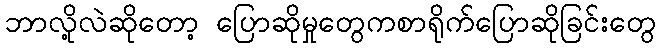
ဘာလို့လဲဆိုတော့ ပြောဆိုမှုတွေကစာရိုက်ပြောဆိုခြင်းတွေ